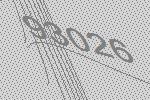
93026